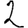
Digit: 2